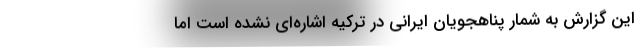
این گزارش به شمار پناهجویان ایرانی در ترکیه اشاره‌ای نشده است اما